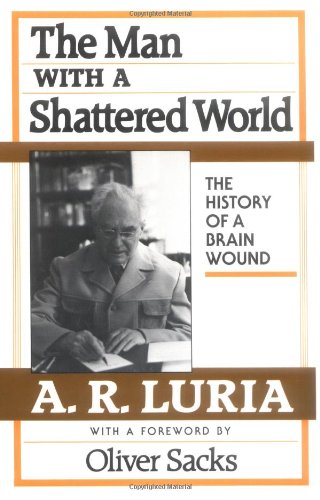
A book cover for The Man with a Shattered World: The History of a Brain Wound; Aleksandr R. Luria; Medical Books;